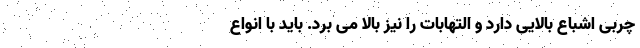
چربی اشباع بالایی دارد و التهابات را نیز بالا می برد. باید با انواع